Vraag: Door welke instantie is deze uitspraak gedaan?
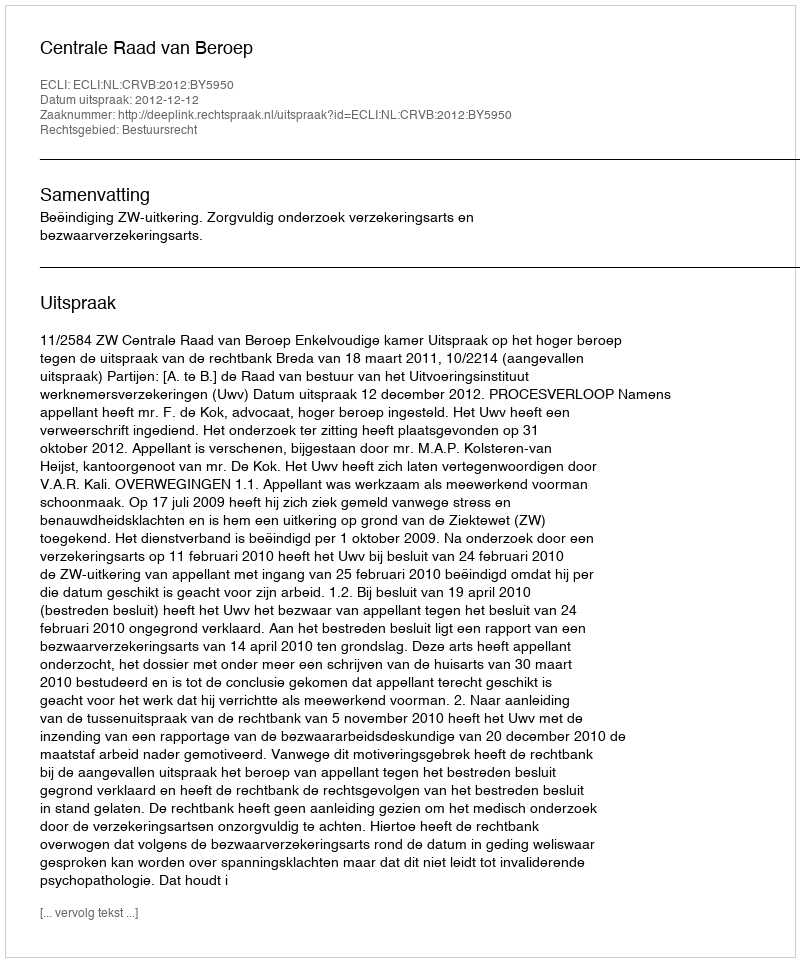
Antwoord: Centrale Raad van Beroep